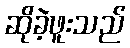
ဆိုခဲ့ဖူးသည်